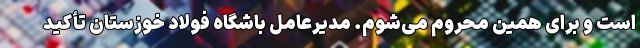
است و برای همین محروم می‌شوم. مدیرعامل باشگاه فولاد خوزستان تأکید